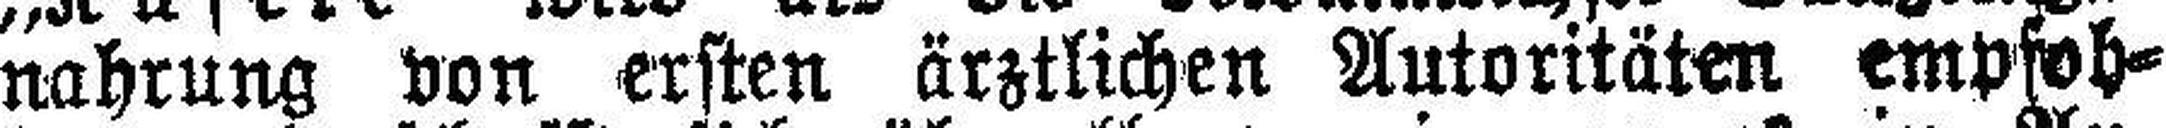
nahrung von ersten ärztlichen Autoritäten empfoh¬